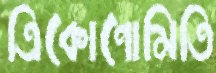
ত্রিকোণোমিতি